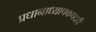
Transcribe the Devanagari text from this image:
प्रधानाध्यापकपदही